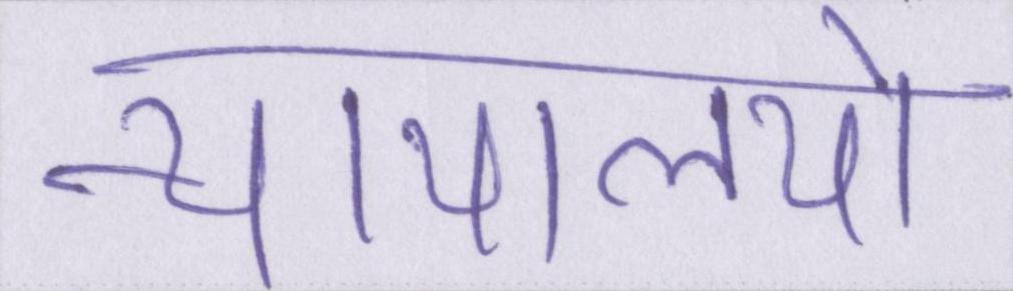
न्यायालयो